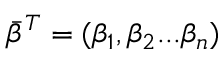
\bar { \beta } ^ { T } = ( \beta _ { 1 } , \beta _ { 2 } . . . \beta _ { n } )